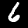
Label: 6